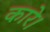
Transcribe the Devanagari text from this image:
कारे।